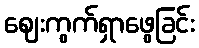
ဈေးကွက်ရှာဖွေခြင်း